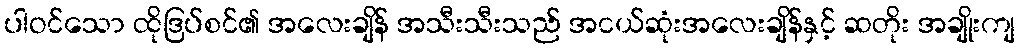
ပါဝင်သော ထိုဒြပ်စင်၏ အလေးချိန် အသီးသီးသည် အငယ်ဆုံးအလေးချိန်နှင့် ဆတိုး အချိုးကျ